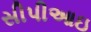
સીપીઆઇ